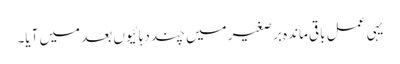
یہی عمل باقی ماندہ برصغیر میں چند دہائیوں بعد میں آیا۔